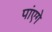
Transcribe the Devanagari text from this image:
पांएगे